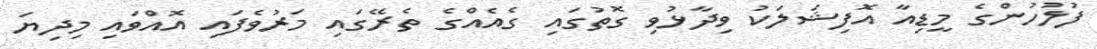
ފުލުހުންގެ މީޑިއާ އޮފިޝަލަކު ވިދާޅުވި ގޮތުގައި ގެއެއްގެ ތެރޭގައި މަރުވެފައި އޮއްވައި މިދިޔަ